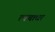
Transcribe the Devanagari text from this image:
त्वचाधर